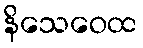
နိသေဝေထ